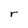
Character: r